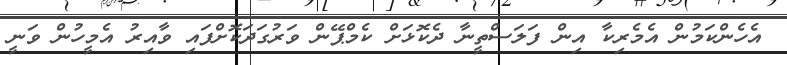
އެހެންކަމުން އެމެރިކާ އިން ފަލަސްތީނާ ދެކޮޅަށް ކެމްޕޭން ވަރުގަދަކޮށްފައި ވާއިރު އެމީހުން ވަނީ